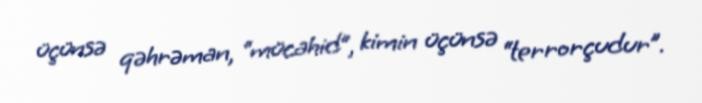
üçünsə qəhrəman, “mücahid”, kimin üçünsə “terrorçudur”.